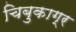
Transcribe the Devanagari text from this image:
चिबुकाग्र